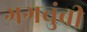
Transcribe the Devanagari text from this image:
गगचुंबी